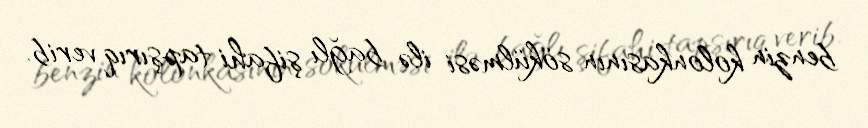
benzin kolonkasının sökülməsi ilə bağlı şifahi tapşırıq verib.